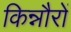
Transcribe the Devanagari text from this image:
किन्नौरों